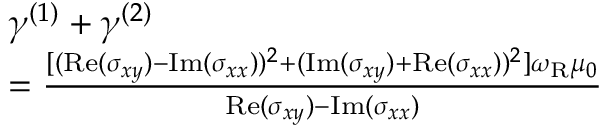
\begin{array} { r l } & { \gamma ^ { ( 1 ) } + \gamma ^ { ( 2 ) } } \\ & { = \frac { [ ( \mathrm { R e } ( \sigma _ { x y } ) - \mathrm { I m } ( \sigma _ { x x } ) ) ^ { 2 } + ( \mathrm { I m } ( \sigma _ { x y } ) + \mathrm { R e } ( \sigma _ { x x } ) ) ^ { 2 } ] \omega _ { \mathrm { R } } \mu _ { 0 } } { \mathrm { R e } ( \sigma _ { x y } ) - \mathrm { I m } ( \sigma _ { x x } ) } } \end{array}